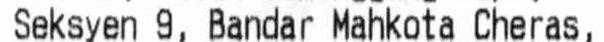
SEKSYEN 9, BANDAR MAHKOTA CHERAS,